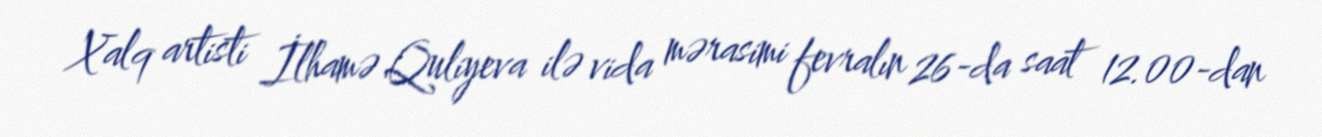
Xalq artisti İlhamə Quliyeva ilə vida mərasimi fevralın 26-da saat 12.00-dan